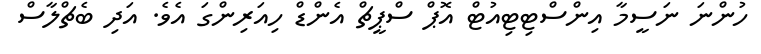
ހުންނަ ނަސީމާ އިންސްޓިޓިއުޓް އޮޕް ސްޕީޗް އެންޑް ހިއަރިންގަ އެވެ. އަދި ބެޗްލާސް